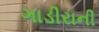
ગાડીરાની